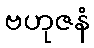
ဗဟုဇနံ